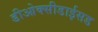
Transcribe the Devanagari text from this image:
डीओक्सीडाईसड